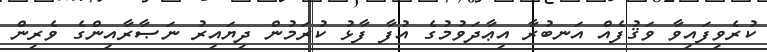
ކުރެވިފައިވާ ވަޤުފެއް އަނބުރާ އިޢާދަވުމުގެ އުފާ ފާޅު ކުރަމުން ދިޔައިރު ނަޞާރާއިންގެ ވެރިން